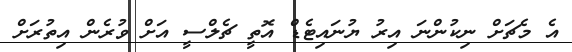
އެ މެޗަށް ނިކުންނަ އިރު ޔުނައިޓެޑް އޮތީ ޗެލްސީ އަށް ވުރެން އިތުރަށް